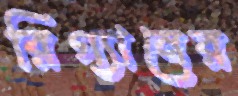
রিগ্যানের